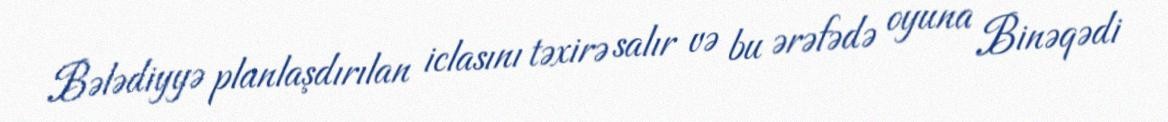
Bələdiyyə planlaşdırılan iclasını təxirə salır və bu ərəfədə oyuna Binəqədi